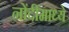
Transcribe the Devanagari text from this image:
नोंदींमाध्ये